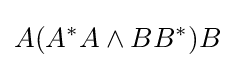
A(A^{*}A\wedge BB^{*})B